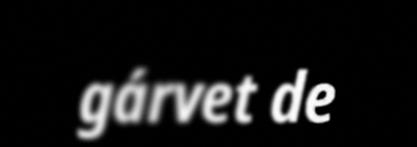
gárvet de